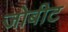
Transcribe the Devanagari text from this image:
जोबीट